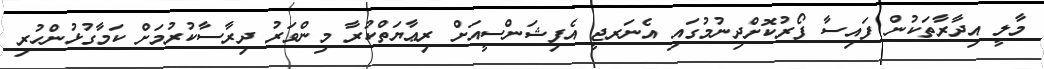
މާލީ އިދާރާތަކުން ފައިސާ ފޯރުކޮށްދިނުމުގައި އެނަރޖީ އެފިޝަންސީއަށް ރިޢާޔަތްކުރާ މިންވަރު ދިރާސާކުރުމަށް ކަމާގުޅުންހުރި